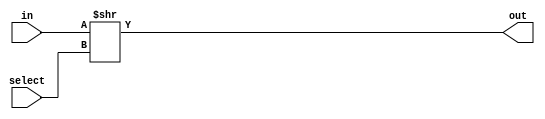
`timescale 1ns/1ns

module amplitud_Selector(input [1:0] select, input [7:0] in, output [7:0] out);
  assign out = in >> select;
endmodule